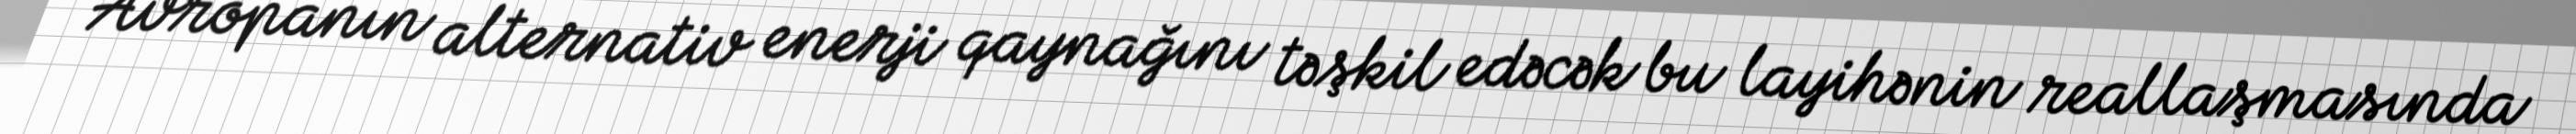
Avropanın alternativ enerji qaynağını təşkil edəcək bu layihənin reallaşmasında